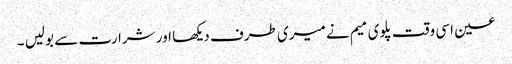
عین اسی وقت پلوی میم نے میری طرف دیکھا اور شرارت سے بولیں ۔